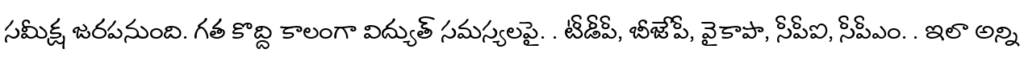
సమీక్ష జరపనుంది. గత కొద్ది కాలంగా విద్యుత్ సమస్యలపై. . టీడీపీ, బీజేపీ, వైకాపా, సీపీఐ, సీపీఎం. . ఇలా అన్ని